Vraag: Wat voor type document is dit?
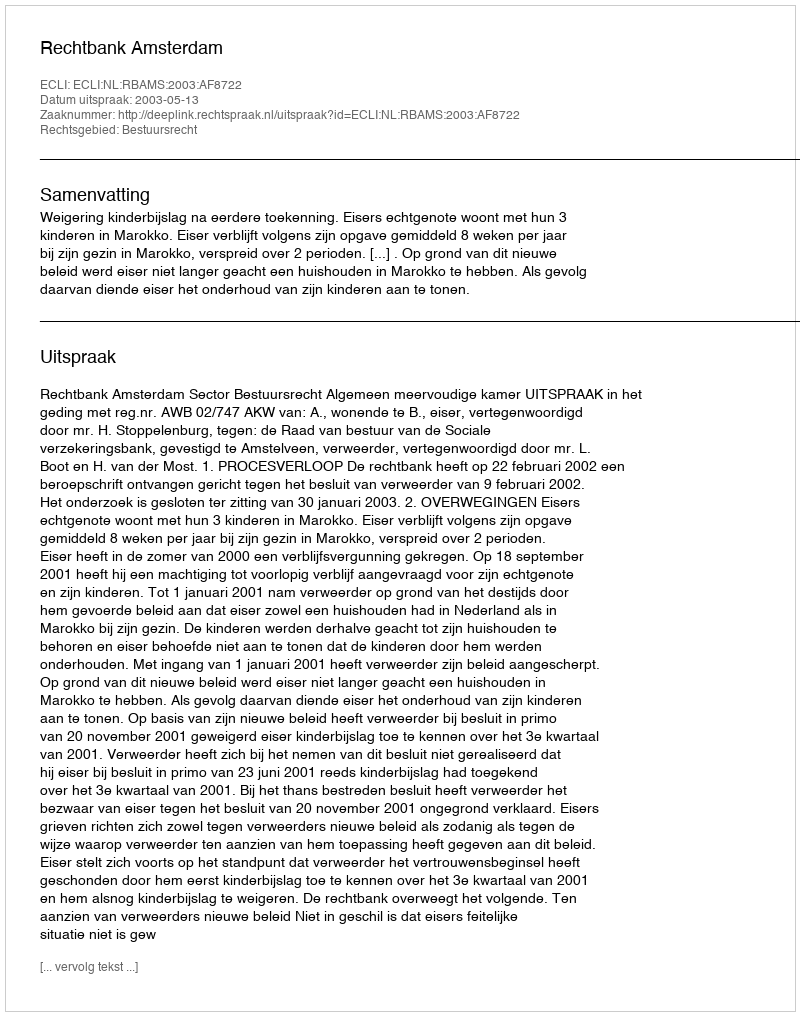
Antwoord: Uitspraak